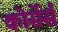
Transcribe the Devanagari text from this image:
कोर्सेर्स